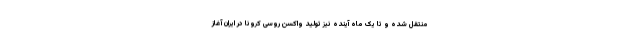
منتقل شده و تا یک ماه آینده نیز تولید واکسن روسی کرونا در ایران آغاز